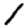
Digit: 1